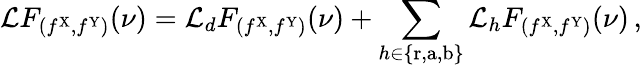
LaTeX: \mathcal{L}F_{(f^{\mathrm{X}},f^{\mathrm{Y}})}(\nu)=\mathcal{L}_{d}F_{(f^{\mathrm{X}},f^{\mathrm{Y}})}(\nu)+\sum_{h\in\{ \mathrm{r},\mathrm{a},\mathrm{b}\} }\mathcal{L}_{h}F_{(f^{\mathrm{X}},f^{\mathrm{Y}})}(\nu)\, ,